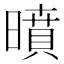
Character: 𭧥